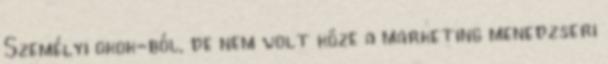
Személyi okok-ból, de nem volt köze a marketing menedzseri